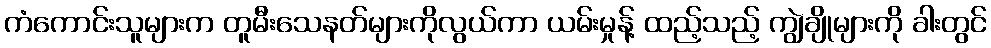
ကံကောင်းသူများက တူမီးသေနတ်များကိုလွယ်ကာ ယမ်းမှုန့် ထည့်သည့် ကျွဲချိုများကို ခါးတွင်